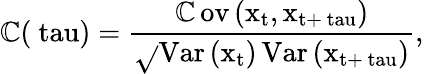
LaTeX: \mathbb{C}(\mathrm{{\ tau}})=\frac{{\operatorname{\mathbb{C}ov}\left(\mathrm{{x}}_{\mathrm{{t}}},\mathrm{{x}}_{\mathrm{{t}}+\mathrm{{\ tau}}}\right)}}{{\sqrt{}{{\operatorname{Var}\left(\mathrm{{x}}_{\mathrm{{t}}}\right)\operatorname{Var}\left(\mathrm{{x}}_{\mathrm{{t}}+\mathrm{{\ tau}}}\right)}}}},